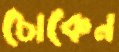
চোকেন